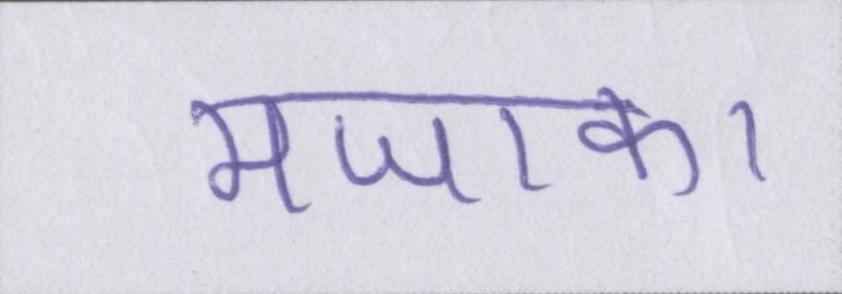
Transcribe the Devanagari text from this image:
मजाक।